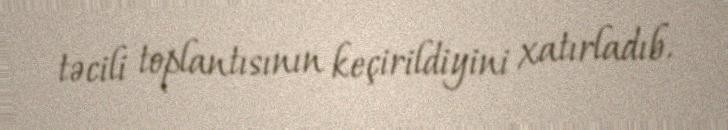
təcili toplantısının keçirildiyini xatırladıb.